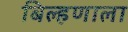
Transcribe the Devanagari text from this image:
बिल्हणाला